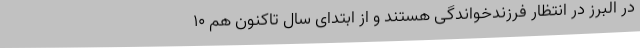
در البرز در انتظار فرزندخواندگی هستند و از ابتدای سال تاکنون هم 10